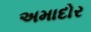
અમાદોર